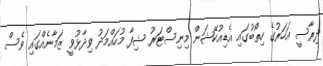
ދިރާސީ އަހަރުގެ ހިތޯބުގައި އެޑިއުކޭޝަން މިނިސްޓަރު ޝިފާ މުހައްމަދު ވިދާޅުވީ ޒަމާނެއްގައި ވެސް